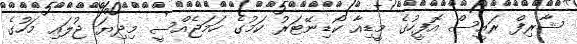
ޝާރިފް ރައީސް އޮފީހުގެ މީޑިއާ ކޯޑިނޭޓަރު ކަމުގެ ހަމަޖެއްސީ މިދިޔަ ޖުލައި މަހުގެ